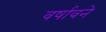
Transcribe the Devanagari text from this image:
वर्षावने